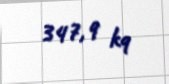
347,9 kq